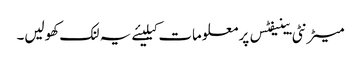
میٹرنٹی بینیفٹس پر معلومات کیلیئے یہ لنک کھولیں۔